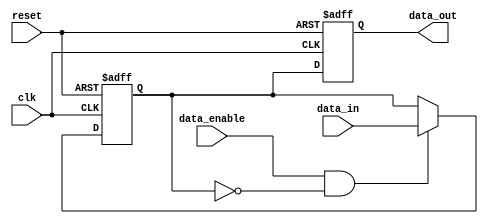
module data_enable_latch (
    input wire clk,
    input wire reset,
    input wire data_in,
    input wire data_enable,
    output reg data_out
);

reg latched_data;

always @(posedge clk or posedge reset) begin
    if (reset) begin
        latched_data <= 1'b0;
    end else begin
        if (data_enable && !latched_data) begin
            latched_data <= data_in;
        end
    end
end

always @(posedge clk or posedge reset) begin
    if (reset) begin
        data_out <= 1'b0;
    end else begin
        data_out <= latched_data;
    end
end

endmodule